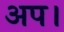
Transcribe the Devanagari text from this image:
अप।